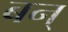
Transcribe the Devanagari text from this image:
बन्